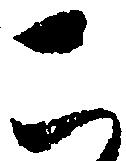
こ